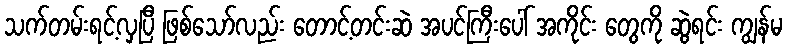
သက်တမ်းရင့်လှပြီ ဖြစ်သော်လည်း တောင့်တင်းဆဲ အပင်ကြီးပေါ် အကိုင်း တွေကို ဆွဲရင်း ကျွန်မ